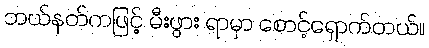
ဘယ်နတ်ကဖြင့် မီးဖွား ရာမှာ စောင့်ရှောက်တယ်။